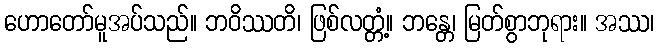
ဟောတော်မူအပ်သည်။ ဘဝိဿတိ၊ ဖြစ်လတ္တံ့။ ဘန္တေ၊ မြတ်စွာဘုရား။ အဿ၊